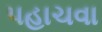
પહાચવા